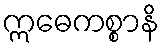
ဣဓေကစ္စာနိ